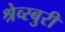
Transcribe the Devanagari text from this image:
श्रेव्स्बुरी